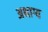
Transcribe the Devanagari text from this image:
अभाग्य